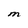
Character: M